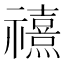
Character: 𰨗